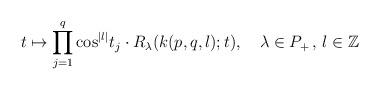
LaTeX: \begin{align*}t\mapsto \prod_{j=1}^q \cos^{|l|}\! t_j\cdot R_\lambda(k(p,q,l);t), \quad\lambda\in P_+\,,\, l\in\mathbb Z\end{align*}